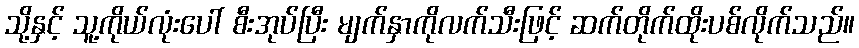
သို့နှင့် သူ့ကိုယ်လုံးပေါ် စီးအုပ်ပြီး မျက်နှာကိုလက်သီးဖြင့် ဆက်တိုက်ထိုးပစ်လိုက်သည်။